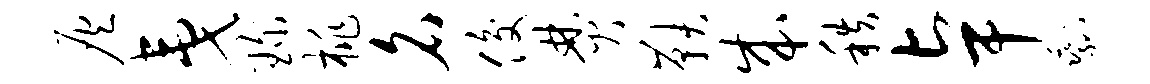
灰夷琛桃名俊焚鞅成秩卓剩